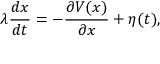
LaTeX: \lambda { \frac { d x } { d t } } = - { \frac { \partial V ( x ) } { \partial x } } + \eta ( t ) ,